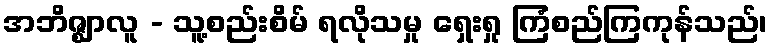
အဘိဇ္ဈာလူ - သူ့စည်းစိမ် ရလိုသမှု ရှေးရှု ကြံစည်ကြကုန်သည်၊